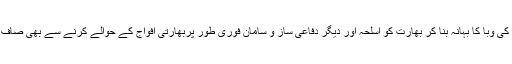
نیز روس نے کووڈ 19 کی وبا کا بہانہ بنا کر بھارت کو اسلحہ اور دیگر دفاعی ساز و سامان فوری طور پربھارتی افواج کے حوالے کرنے سے بھی صاف صاف انکار کر دیا ہے۔